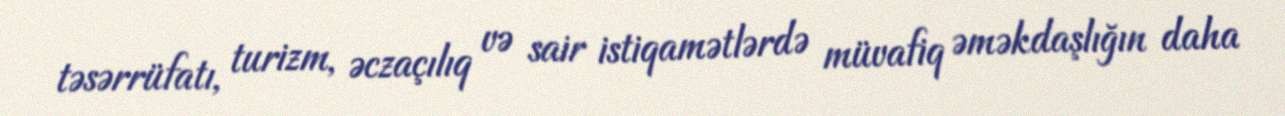
təsərrüfatı, turizm, əczaçılıq və sair istiqamətlərdə müvafiq əməkdaşlığın daha